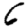
Digit: 6